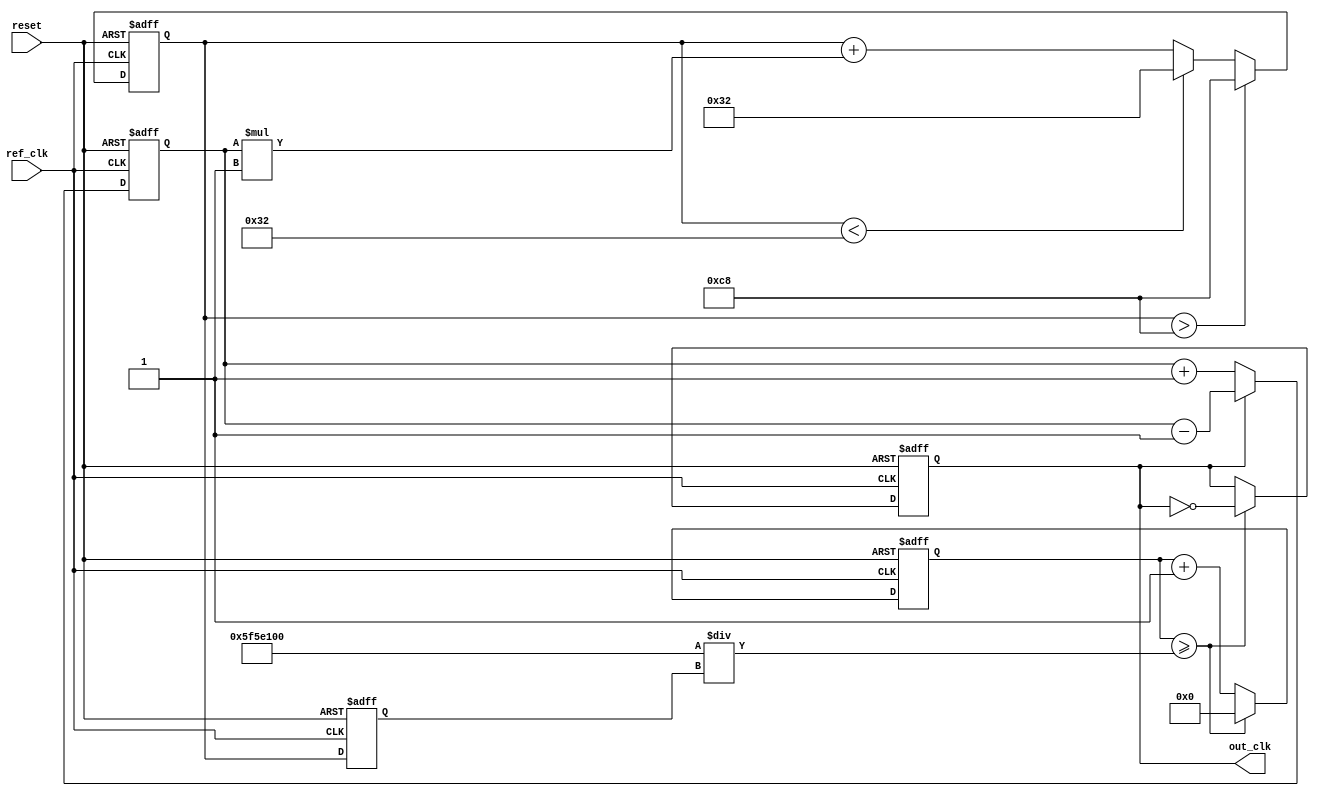
module PLL (
    input wire ref_clk,         // Reference clock input
    input wire reset,          // Asynchronous reset
    output reg out_clk         // Output clock
);

    // Parameters for the VCO and loop filter
    parameter VCO_MAX_FREQ = 200; // Maximum VCO frequency
    parameter VCO_MIN_FREQ = 50;   // Minimum VCO frequency
    parameter LOOP_FILTER_GAIN = 1; // Gain of the loop filter

    // Internal signals
    reg [7:0] phase_error;        // Phase error signal from the phase detector
    reg [7:0] control_voltage;     // Control voltage for the VCO
    reg [7:0] vco_frequency;       // Current frequency of the VCO
    reg [31:0] counter;            // Counter for generating output clock

    // Phase Detector (PD)
    always @(posedge ref_clk or posedge reset) begin
        if (reset) begin
            phase_error <= 0;
        end else begin
            // Simple phase detector logic
            // Increment phase_error if ref_clk leads feedback clock
            // Decrement phase_error if feedback clock leads ref_clk
            if (out_clk) begin
                phase_error <= phase_error - 1; // Feedback clock is leading
            end else begin
                phase_error <= phase_error + 1; // Reference clock is leading
            end
        end
    end

    // Loop Filter (LF)
    always @(posedge ref_clk or posedge reset) begin
        if (reset) begin
            control_voltage <= 0;
        end else begin
            // Simple proportional filter
            control_voltage <= control_voltage + (phase_error * LOOP_FILTER_GAIN);
            // Clamp control voltage to VCO limits
            if (control_voltage > VCO_MAX_FREQ)
                control_voltage <= VCO_MAX_FREQ;
            else if (control_voltage < VCO_MIN_FREQ)
                control_voltage <= VCO_MIN_FREQ;
        end
    end

    // Voltage-Controlled Oscillator (VCO)
    always @(posedge ref_clk or posedge reset) begin
        if (reset) begin
            vco_frequency <= VCO_MIN_FREQ; // Start at minimum frequency
            out_clk <= 0; // Initialize output clock
            counter <= 0; // Initialize counter
        end else begin
            // Adjust VCO frequency based on control voltage
            vco_frequency <= control_voltage;

            // Generate output clock based on VCO frequency
            counter <= counter + 1;
            if (counter >= (100000000 / vco_frequency)) begin // Adjust based on clock period
                out_clk <= ~out_clk; // Toggle output clock
                counter <= 0; // Reset counter
            end
        end
    end

endmodule